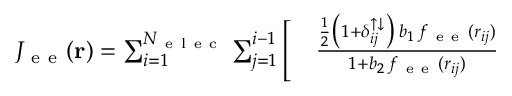
\begin{array} { r l } { J _ { \mathrm { ~ e ~ e ~ } } ( \mathbf { r } ) = \sum _ { i = 1 } ^ { N _ { \mathrm { ~ e ~ l ~ e ~ c ~ } } } \sum _ { j = 1 } ^ { i - 1 } \Bigg [ } & { { } \frac { \frac { 1 } { 2 } \big ( 1 + \delta _ { i j } ^ { \uparrow \downarrow } \big ) \, b _ { 1 } \, f _ { \mathrm { ~ e ~ e ~ } } ( r _ { i j } ) } { 1 + b _ { 2 } \, f _ { \mathrm { ~ e ~ e ~ } } ( r _ { i j } ) } } \end{array}